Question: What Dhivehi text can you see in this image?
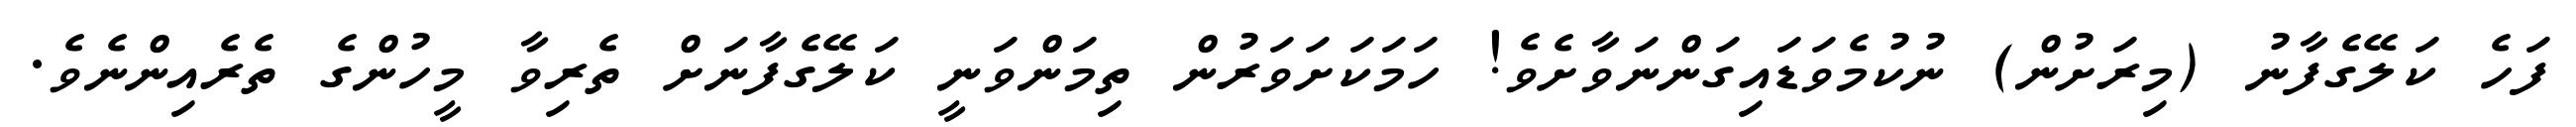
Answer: ފަހެ ކަލޭގެފާނު (މިރަށުން) ނުކުމެވަޑައިގަންނަވާށެވެ! ހަމަކަށަވަރުން ތިމަންވަނީ ކަލޭގެފާނަށް ތެރިވާ މީހުންގެ ތެރެއިންނެވެ.